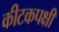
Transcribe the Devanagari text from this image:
कीटकपक्षी